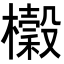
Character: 𭬨